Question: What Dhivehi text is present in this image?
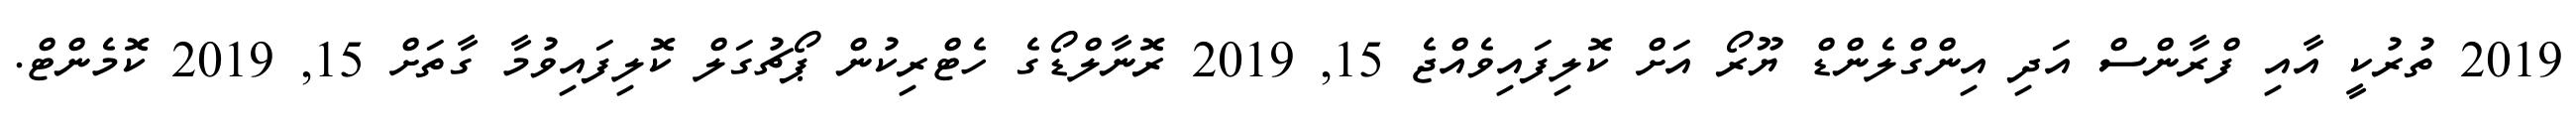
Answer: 2019 ތުރުކީ އާއި ފްރާންސް އަދި އިންގްލެންޑް ޔޫރޯ އަށް ކޮލިފައިވެއްޖެ 15, 2019 ރޮނާލްޑޯގެ ހެޓްރިކުން ޕޯޗުގަލް ކޮލިފައިވުމާ ގާތަށް 15, 2019 ކޮމެންޓް.